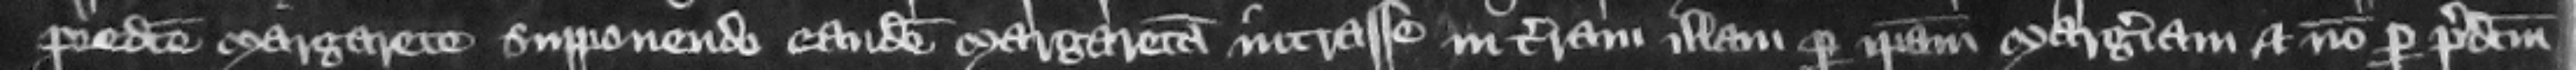
predicte Margarete supponendo eandem Margaretam intrasse in terram illam per ipsam Margeriam et non per predictum